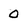
Character: 0